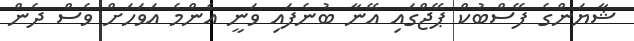
ޝާޔަންގެ ފޭސްބުކް ޕޭޖްގައި އޭނާ ބުނެފައި ވަނީ އެންމެ އަވަހަށް ވެސް ދެން